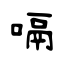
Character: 嗝